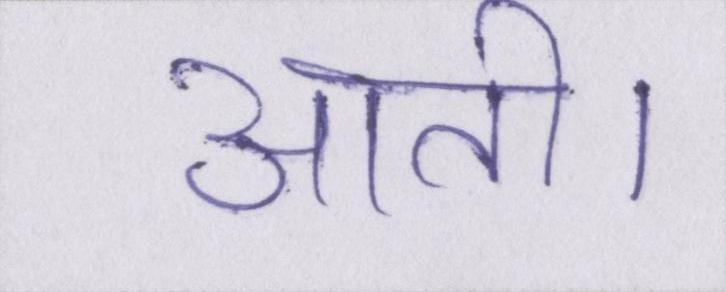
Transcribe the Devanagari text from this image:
आती।